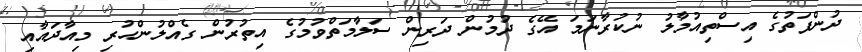
ދުންފަތުގެ އިސްތިއުމާލު ނުކުރާނަމަ އޭގެ ދުމުން ދަރިން ސަލާމަތްވުމުގެ އިތުރުން ގެއްލުންހުރި މިއާދައާއި